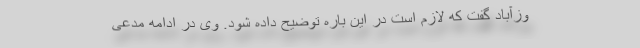
وزآباد گفت که لازم است در این باره توضیح داده شود. وی در ادامه مدعی